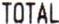
TOTAL